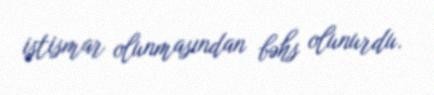
istismar olunmasından bəhs olunurdu.